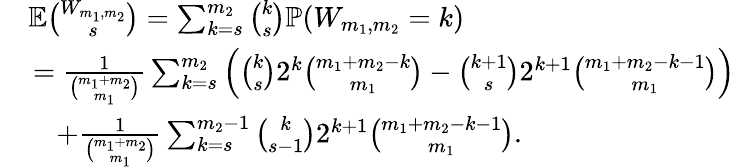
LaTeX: \begin{array}{rl}&{{\mathbb{E}}\binom{W_{m_{1},m_{2}}}{s}=\sum_{k=s}^{m_{2}}\binom{k}s{\mathbb{P}}(W_{m_{1},m_{2}}=k)}\\ &{\, =\frac{1}{\binom{m_{1}+m_{2}}{m_{1}}}\sum_{k=s}^{m_{2}}\Big(\binom{k}s2^{k}\binom{m_{1}+m_{2}-k}{m_{1}}-\binom{k+1}s2^{k+1}\binom{m_{1}+m_{2}-k-1}{m_{1}}\Big)}\\ &{\quad+\frac{1}{\binom{m_{1}+m_{2}}{m_{1}}}\sum_{k=s}^{m_{2}-1}\binom{k}{s-1}2^{k+1}\binom{m_{1}+m_{2}-k-1}{m_{1}}.}\end{array}